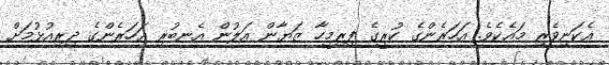
އެކަނިވެރި މައެކެވެ. އަހަރެންގެ ކުރީގެ ފިރިމީހާ ޒަޔާން އަލުން އެނބުރި އަހަރެންގެ ދިރިއުޅުމަށް